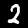
Digit: 2